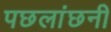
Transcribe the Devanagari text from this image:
पछलांछनी